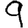
Digit: 9